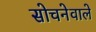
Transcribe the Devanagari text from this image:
सोचनेवाले